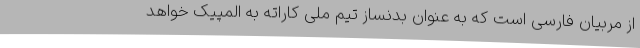
از مربیان فارسی است که به عنوان بدنساز تیم ملی کاراته به المپیک خواهد